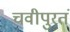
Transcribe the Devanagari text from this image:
चवीपुरतं